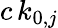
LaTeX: c\, k_{0,j}